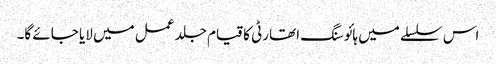
اس سلسلے میں ہائوسنگ اتھارٹی کا قیام جلد عمل میں لایا جائے گا۔